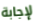
لإجابة